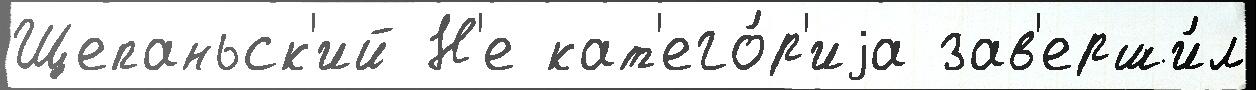
Щепаньск'ий Н'е кат'его́р'иjа зав'ерши́л